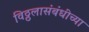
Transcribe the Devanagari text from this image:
विठ्ठलासंबंधीच्या